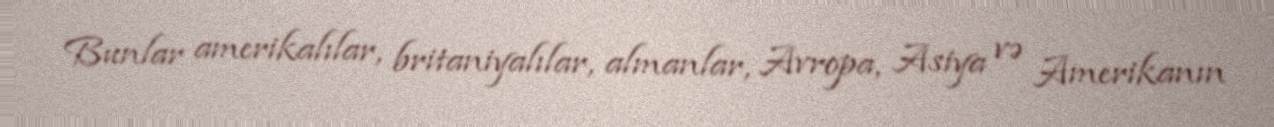
Bunlar amerikalılar, britaniyalılar, almanlar, Avropa, Asiya və Amerikanın